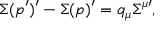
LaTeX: \Sigma ( p ^ { \prime } ) ^ { \prime } - \Sigma ( p ) ^ { \prime } = q _ { \mu } \Sigma ^ { \mu \prime } ,